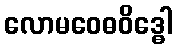
လောမဝေဓဝိဒ္ဓေါ